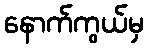
နောက်ကွယ်မှ